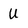
Character: U